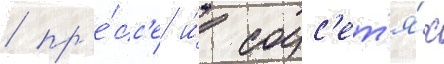
/ пр'е́сс'е и́ соцс'ет'я́х